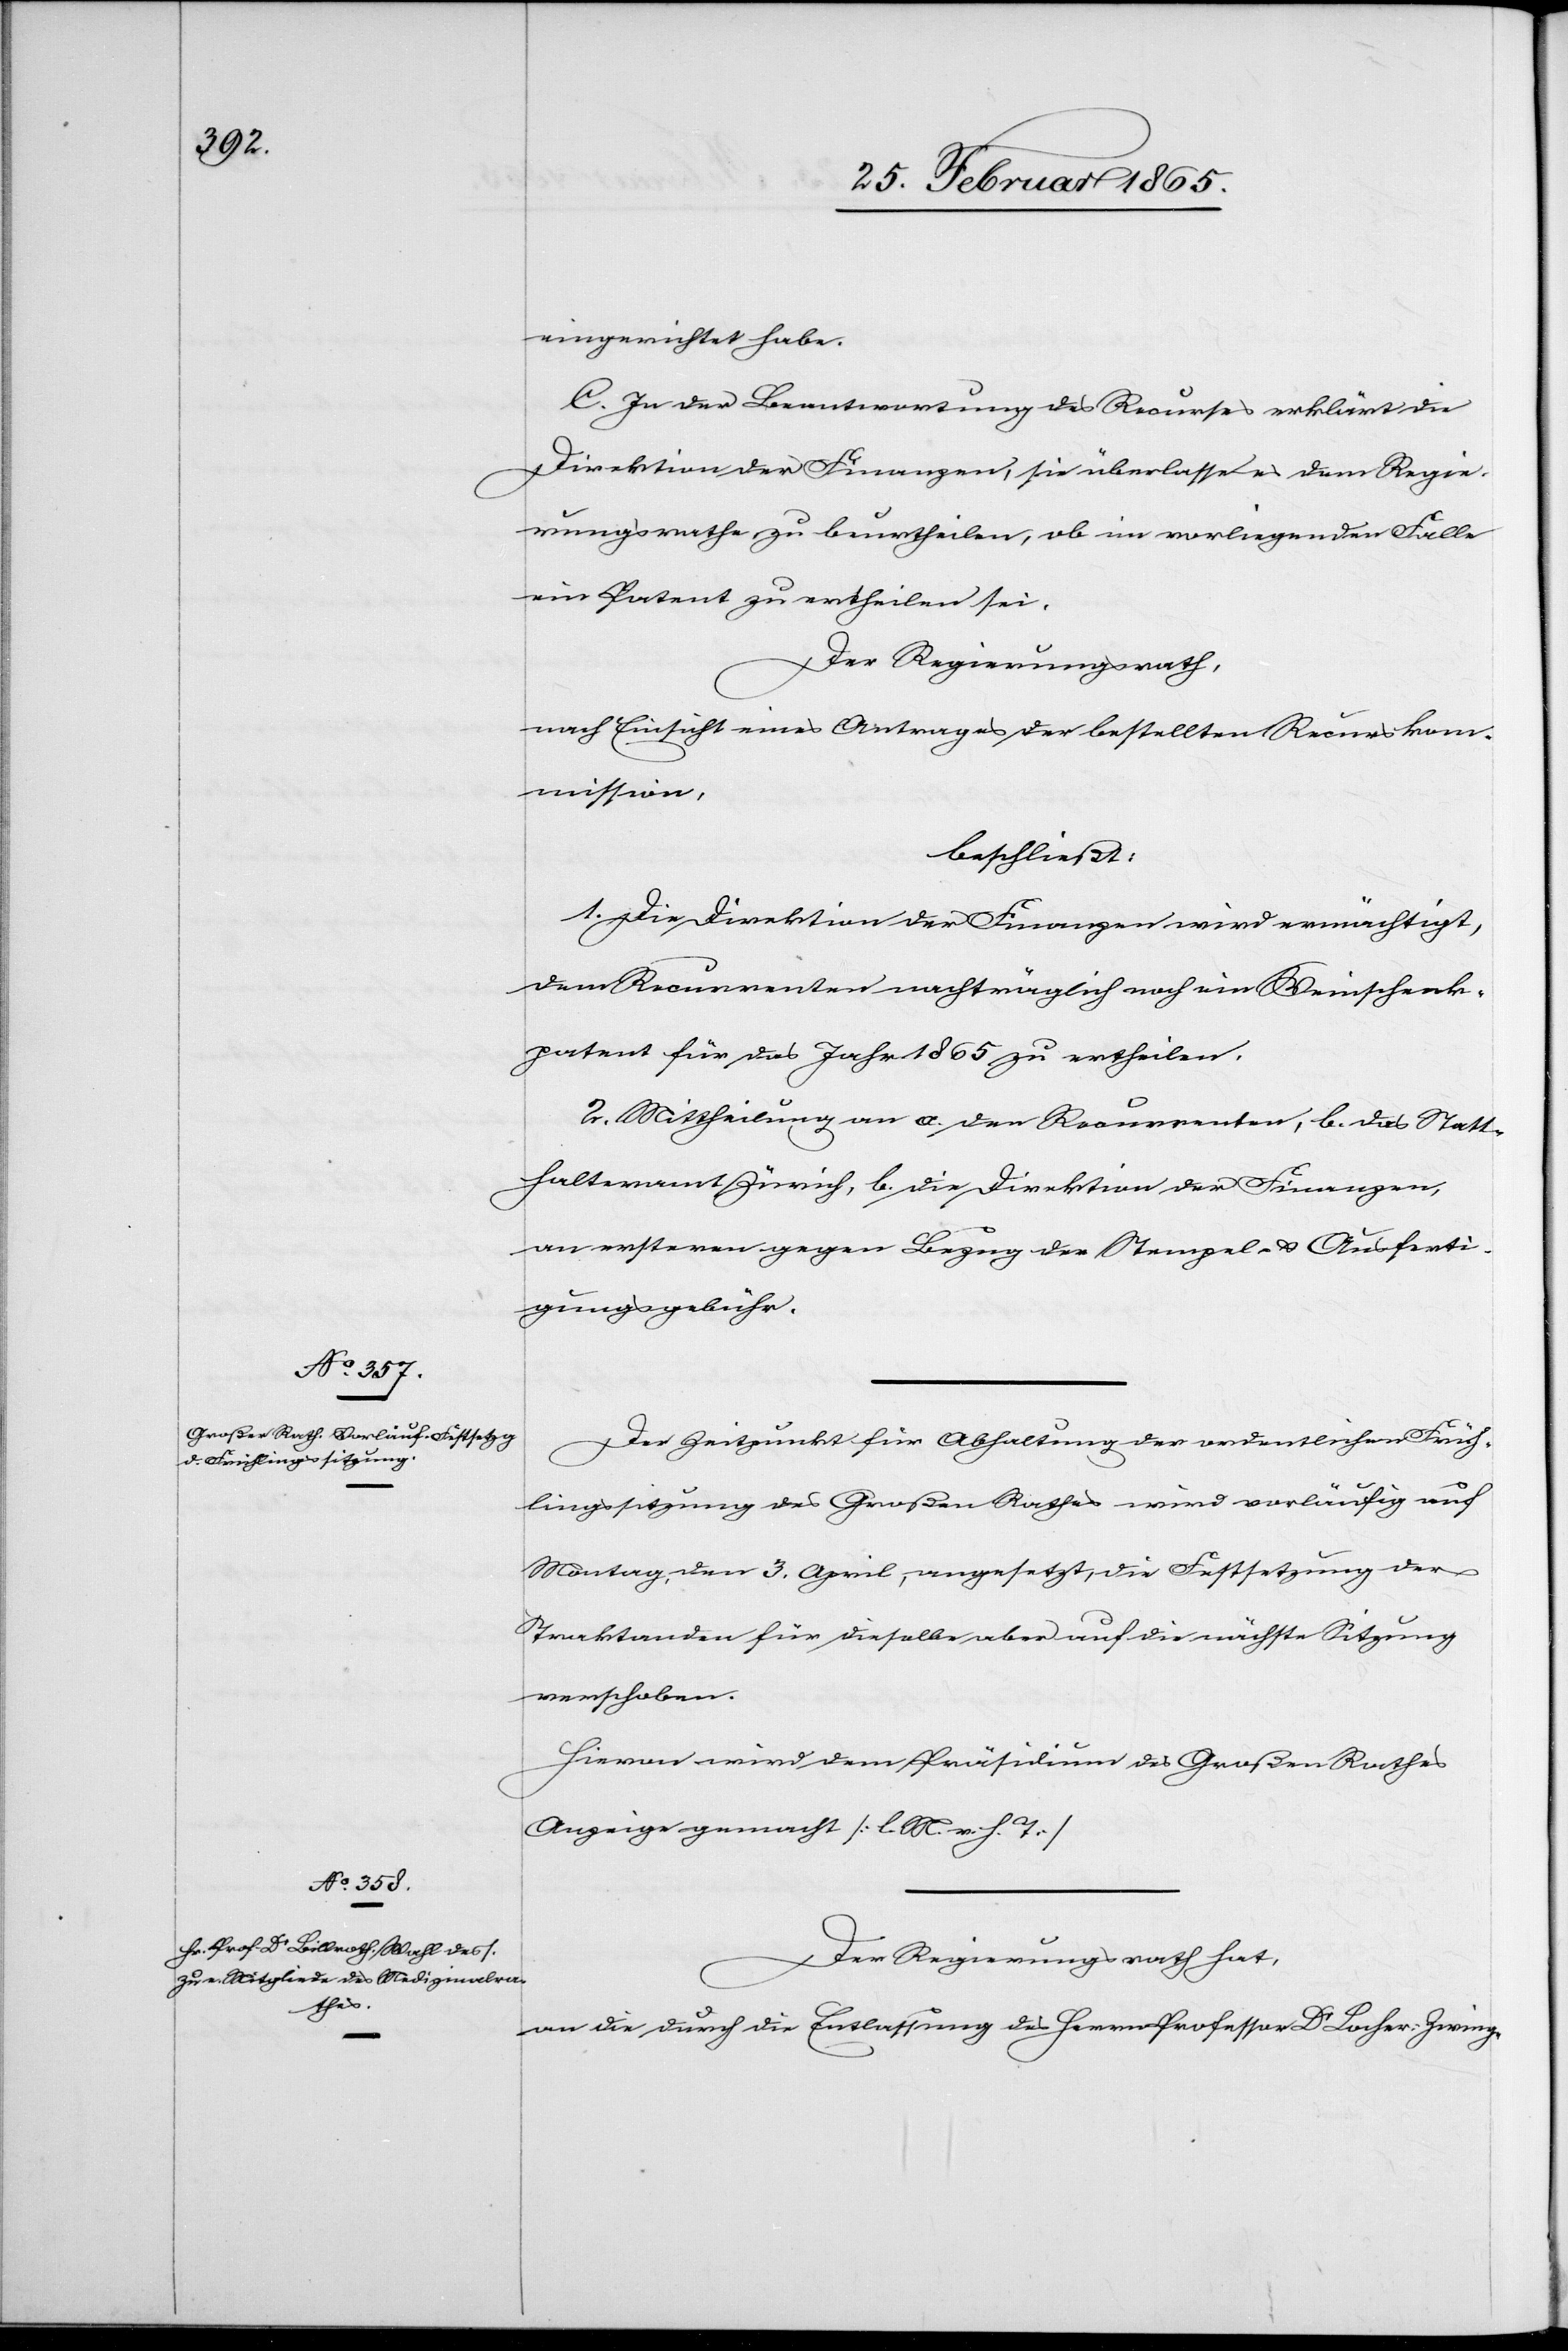
eingerichtet habe.
C. In der Beantwortung des Recurses erklärt die
Direktion der Finanzen, sie überlasse es dem Regie¬
rungsrathe zu beurtheilen, ob im vorliegenden Falle
ein Patent zu ertheilen sei.
Der Regierungsrath,
nach Einsicht eines Antrages der bestellten Recurskom¬
mission,
beschließt:
1. Die Direktion der Finanzen wird ermächtigt,
dem Recurrenten nachträglich noch ein Weinschenk¬
patent für das Jahr 1865 zu ertheilen.
2. Mittheilung an a. den Recurrenten, b. das Statt¬
halteramt Zürich, b. [recte: c.] die Direktion der Finanzen,
an ersteren gegen Bezug der Stempel- u. Ausferti¬
gungsgebühr.
Der Zeitpunkt für Abhaltung der ordentlichen Früh¬
lingssitzung des Großen Rathes wird vorläufig auf
Montag, den 3. April, angesetzt, die Festsetzung der
Traktanden für dieselbe aber auf die nächste Sitzung
verschoben.
Hievon wird dem Präsidium des Großen Rathes
Anzeige gemacht [l. M. v. h. T.]
Der Regierungsrath hat,
an die durch die Entlassung des Herrn Professor Dr Locher-Zwing-